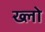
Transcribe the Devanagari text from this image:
ख्लो